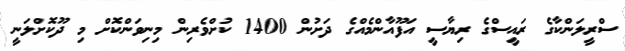
ސްރީލަންކާގެ ރައީސްގެ ރިޔާސީ އަފޫއާންމެއްގެ ދަށުން 1400 ކުށްވެރިން މިނިވަންކޮށް މި ދޫކޮށްލަނީ